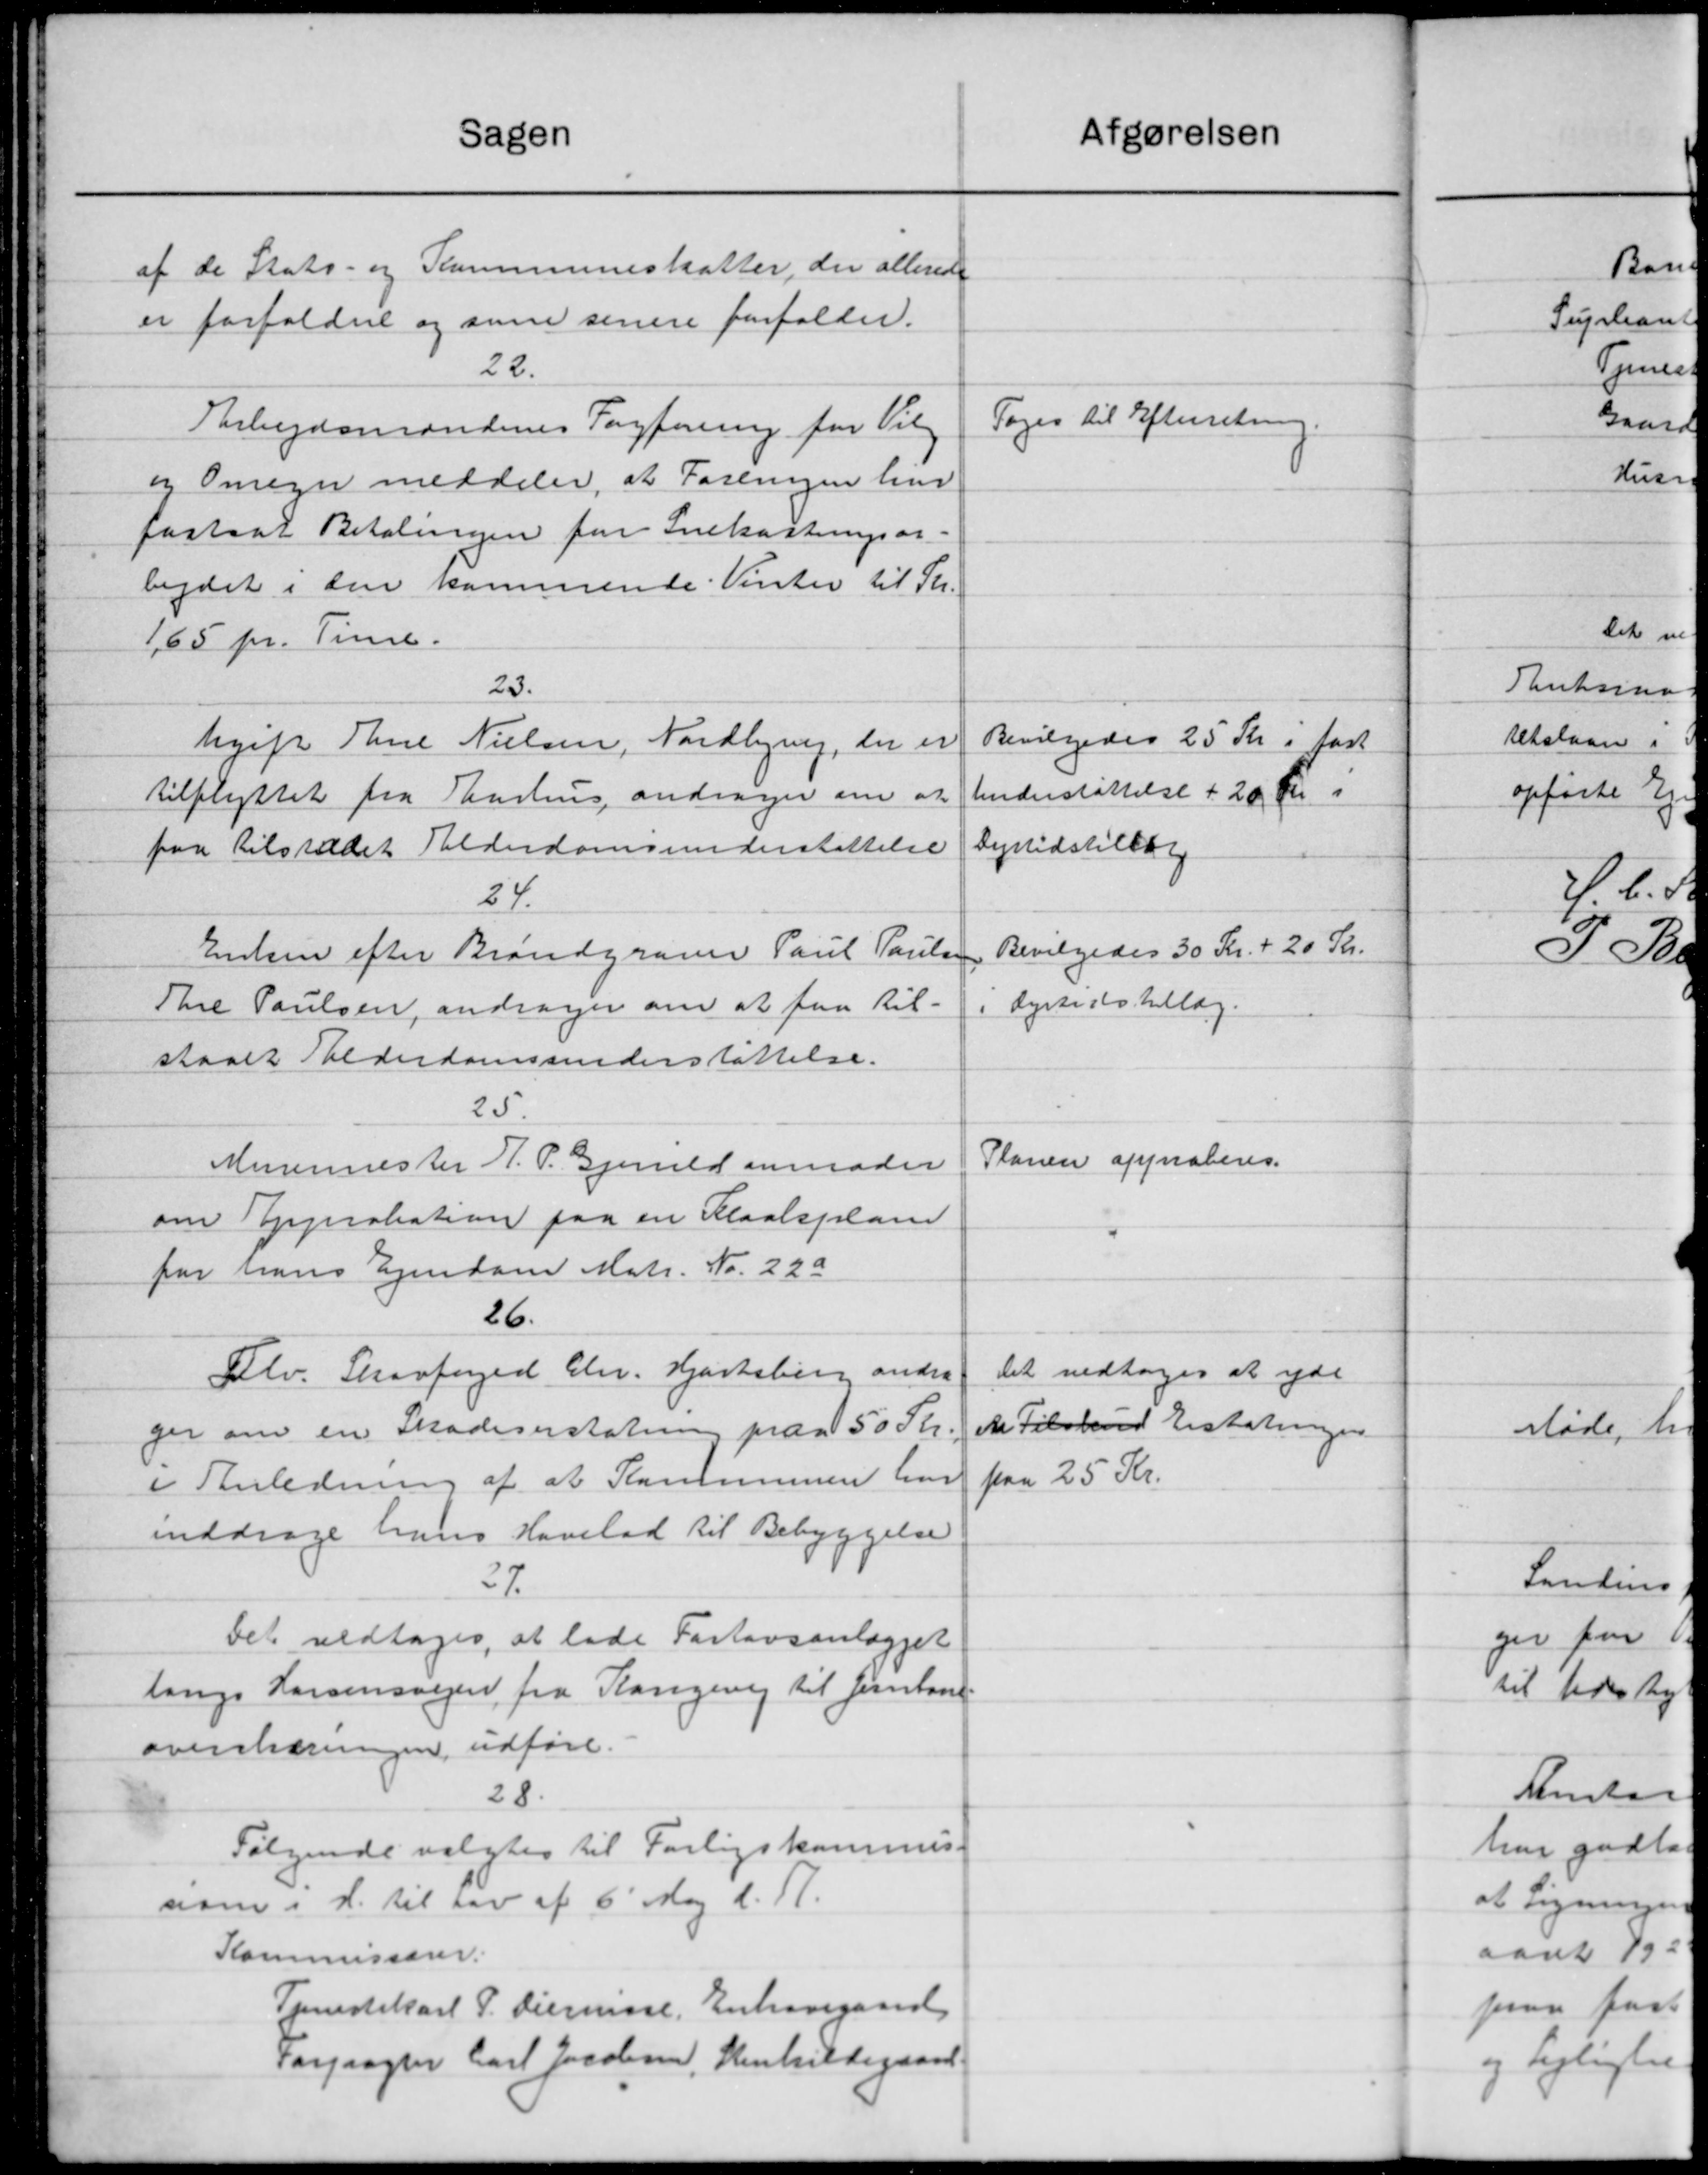
Transskription:
Sagen
af de Stats- og Kommuneskatter, der allerede
er forfaldne og som senere forfalder.
22.
Arbejdsmændenes Fagforening for Vilg
og Omegn meddeler, at Foreningen har
fastsat Betalingen for Snekastningsar-
bejdet i den kommende Vinter til Th.
1,65 pr. Time.
23.
hgeft Thrie Nielsen, Nordbjerg, der er
tilflyttet fra Aarhus andrager om at
paa tilstædet Alderdomsunderstøttelse
24.
Enken efter Brandgraver Paul Poulse
Thee Poulsen, andrager om at faa til-
staaet Alderdomsunderstøttelse.
25.
Murermester H. P. Gjerrild anmoder
om Approbation paa en Klaalsplane
for hans Ejendom Matr. Nr. 22a
26.
Flv. Skovfoged Chr. Hjortsberg andre
ger om en Skadeserstatning paa 50 Kr.
i Anledning af at Kommunen har
inddrage hans Havelad til Bebyggelse
27.
Det vedtoges, at lade Fortovsanlægget
langs Horsensvejen fra Kongevej til Jernbane.
oversledningen udføre.
28.
Følgende valgtes til Forligskommis.
nom i H. til Lov af 6' Maj d. A.
Kommissærer.
Tjenestekarl P. Diernisse, Enkeregaard
Forpagter Carl Jacobsen, Stenhildegaard

e
0
o
2
1
2
sta
harg
at Ligningen
aaret 192
paa fast
og Lejlighe